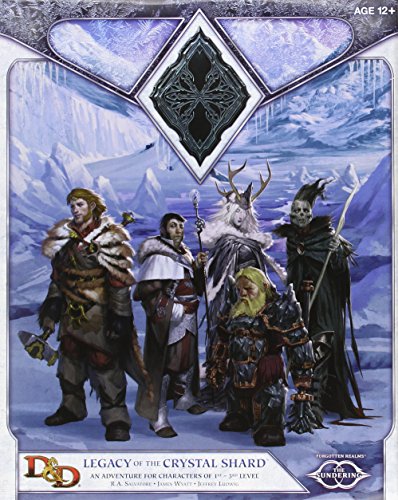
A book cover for Legacy of the Crystal Shard: Sundering Adventure 2 (D&D Adventure); R.A. Salvatore; Science Fiction & Fantasy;